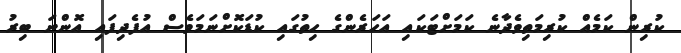
ކުރިން ކަމެއް ކުރިމަތިވެދާނެ ކަމަށްޓަކައި އަހަރެންގެ ހިތުގައި ކުޑަކޮށްނަމަވެސް އުފެދިފައި އޮންނަ ބިރު